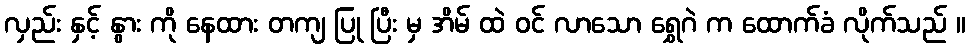
လှည်း နှင့် နွား ကို နေထား တကျ ပြု ပြီး မှ အိမ် ထဲ ဝင် လာသော ရွှေဂဲ က ထောက်ခံ လိုက်သည် ။